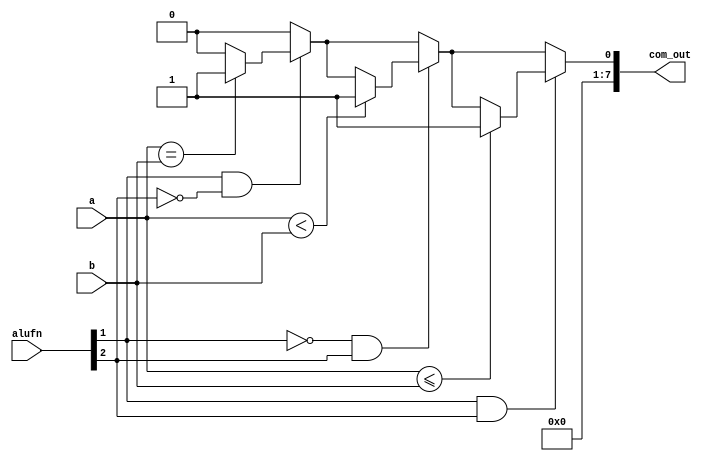
/*
   This file was generated automatically by the Mojo IDE version B1.3.6.
   Do not edit this file directly. Instead edit the original Lucid source.
   This is a temporary file and any changes made to it will be destroyed.
*/

module comparator_19 (
    input [5:0] alufn,
    input [7:0] a,
    input [7:0] b,
    output reg [7:0] com_out
  );
  
  
  
  reg [7:0] out;
  
  always @* begin
    out[0+0-:1] = 1'h0;
    if (alufn[1+0-:1] == 1'h1 & alufn[2+0-:1] == 1'h0) begin
      if (a == b) begin
        out[0+0-:1] = 1'h1;
      end
    end
    if (alufn[1+0-:1] == 1'h0 & alufn[2+0-:1] == 1'h1) begin
      if (a < b) begin
        out[0+0-:1] = 1'h1;
      end
    end
    if (alufn[1+0-:1] == 1'h1 & alufn[2+0-:1] == 1'h1) begin
      if (a <= b) begin
        out[0+0-:1] = 1'h1;
      end
    end
    out[1+6-:7] = 7'h00;
    com_out = out;
  end
endmodule